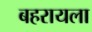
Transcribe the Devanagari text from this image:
बहरायला